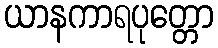
ယာနကာရပုတ္တော